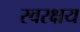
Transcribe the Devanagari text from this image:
स्वरक्षय